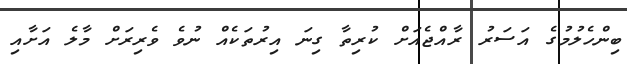
ބިންހެލުމުގެ އަސަރު ރާއްޖެއަށް ކުރިތާ ގިނަ އިރުތަކެއް ނުވެ ވެރިރަށް މާލެ އަށާއި